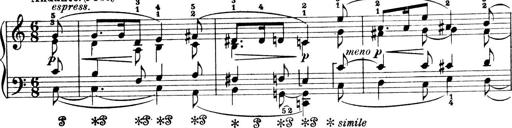
Title: 4 Sonatines
Composer: Max Reger